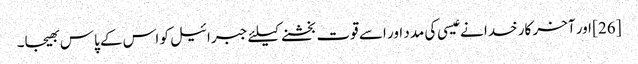
[26] اور آخر کار خدا نے عیسی کی مدد اور اسے قوت بخشنے کیلئے جبرائیل کو اس کے پاس بھیجا۔